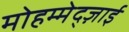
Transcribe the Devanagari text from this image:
मोहम्मेद्ज़ाई